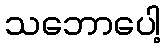
သဘောပေါ့